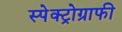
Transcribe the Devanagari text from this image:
स्पेक्ट्रोग्राफी